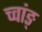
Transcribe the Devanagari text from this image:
च्वांङ्